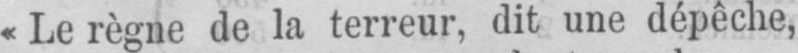
«Le règne de la terreur, dit une dépêche,